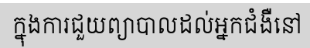
ក្នុងការជួយព្យាបាលដល់អ្នកជំងឺនៅ